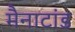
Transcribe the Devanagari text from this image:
मैनाटांड